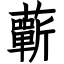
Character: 蘄